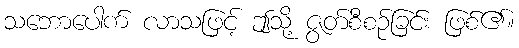
သဘောပေါက် လာသဖြင့် ဤသို့ ဇွတ်စီစဉ်ခြင်း ဖြစ်၏။